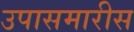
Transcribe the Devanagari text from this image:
उपासमारीस